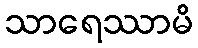
သာရေဿာမိ